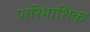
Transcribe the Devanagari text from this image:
पारिभाशिक